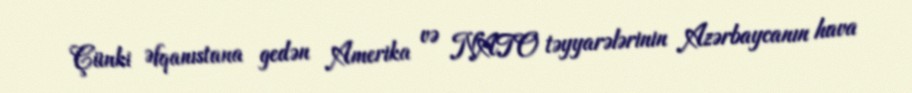
Çünki Əfqanıstana gedən Amerika və NATO təyyarələrinin Azərbaycanın hava